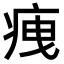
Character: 𤵺